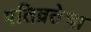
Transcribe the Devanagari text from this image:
पतिव्रतेचा